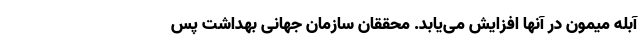
آبله میمون‌ در آنها افزایش می‌یابد. محققان سازمان جهانی بهداشت پس